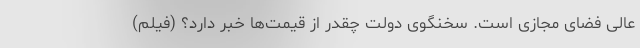
عالی فضای مجازی است. سخنگوی دولت چقدر از قیمت‌ها خبر دارد؟ (فیلم)